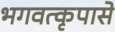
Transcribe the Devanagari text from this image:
भगवत्कृपासे